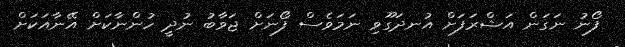
ފޯނު ނަގަން އަޝްރަފަށް އުނދަގޫވި ނަމަވެސް ފޯނަށް ޖަވާބު ނުދީ ހުންނާކަށް އޭނާއަކަށް